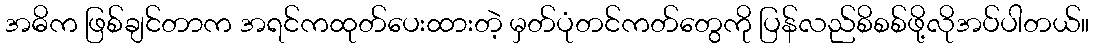
အဓိက ဖြစ်ချင်တာက အရင်ကထုတ်ပေးထားတဲ့ မှတ်ပုံတင်ကတ်တွေကို ပြန်လည်စိစစ်ဖို့လိုအပ်ပါတယ်။